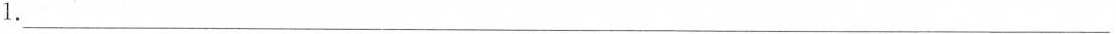
1.___